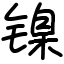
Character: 镍